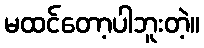
မထင်တော့ပါဘူးတဲ့။